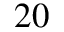
2 0